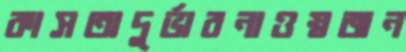
কাসতাদুর্ভাবনাওস্বজন